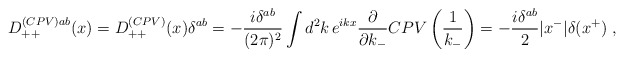
\begin{align*}D_{++}^{(CPV)ab}(x)=D_{++}^{(CPV)}(x)\delta^{ab} = - {i\delta^{ab}\over (2\pi)^2} \int d^2k\,e^{ikx} {\partial\over \partial k_-} CPV\left({1\over k_-}\right)=-{i\delta^{ab}\over 2} |x^-|\delta(x^+)\ , \end{align*}